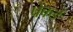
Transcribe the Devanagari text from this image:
पेकर्ड